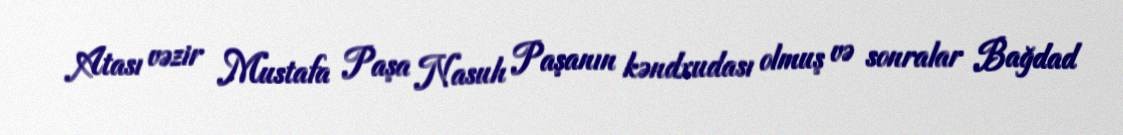
Atası vəzir Mustafa Paşa Nasuh Paşanın kəndxudası olmuş və sonralar Bağdad